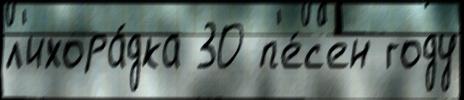
л'ихора́дка 30 п'е́с'ен году